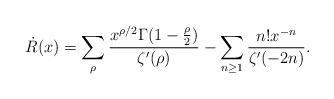
\begin{align*}\dot{R}(x)=\sum_{\rho}\frac{x^{\rho/2}\Gamma(1-\frac{\rho}{2})}{\zeta'(\rho)}-\sum_{n\ge1}\frac{n!x^{-n}}{\zeta'(-2n)}.\end{align*}